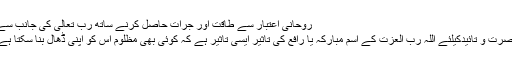
روحانی اعتبار سے طاقت اور جرأت حاصل کرنے ساتھ رب تعالیٰ کی جانب سے
نصرت و تائیدکیلئے اللہ رب العزت کے اسم مبارکہ یا رافع کی تاثیر ایسی تاثیر ہے کہ کوئی بھی مظلوم اس کو اپنی ڈھال بنا سکتا ہے۔